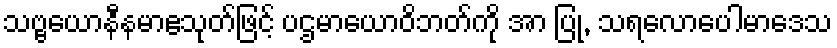
သဗ္ဗယောနီနမာဧသုတ်ဖြင့် ပဌမာယောဝိဘတ်ကို အာ ပြု, သရလောပေါမာဒေသ